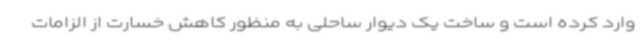
وارد کرده است و ساخت یک دیوار ساحلی به منظور کاهش خسارت از الزامات